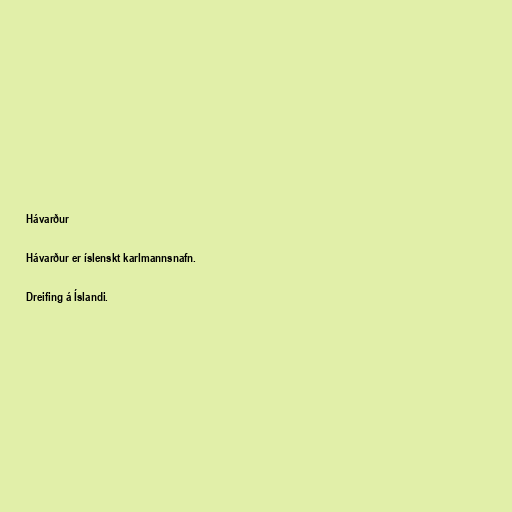
Hávarður

Hávarður er íslenskt karlmannsnafn.

Dreifing á Íslandi.